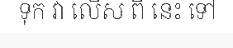
ទុក វា លើស ពី នេះ ទៅ